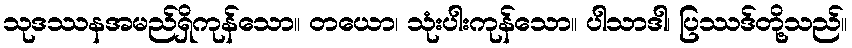
သုဒဿနအမည်ရှိကုန်သော။ တယော၊ သုံးပါးကုန်သော။ ပါသာဒါ၊ ပြဿဒ်တို့သည်။